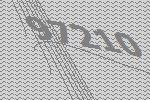
97210